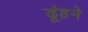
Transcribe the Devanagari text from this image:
ढूंड़ने